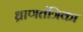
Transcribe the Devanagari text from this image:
ध्राणतंत्रिका